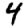
Digit: 4